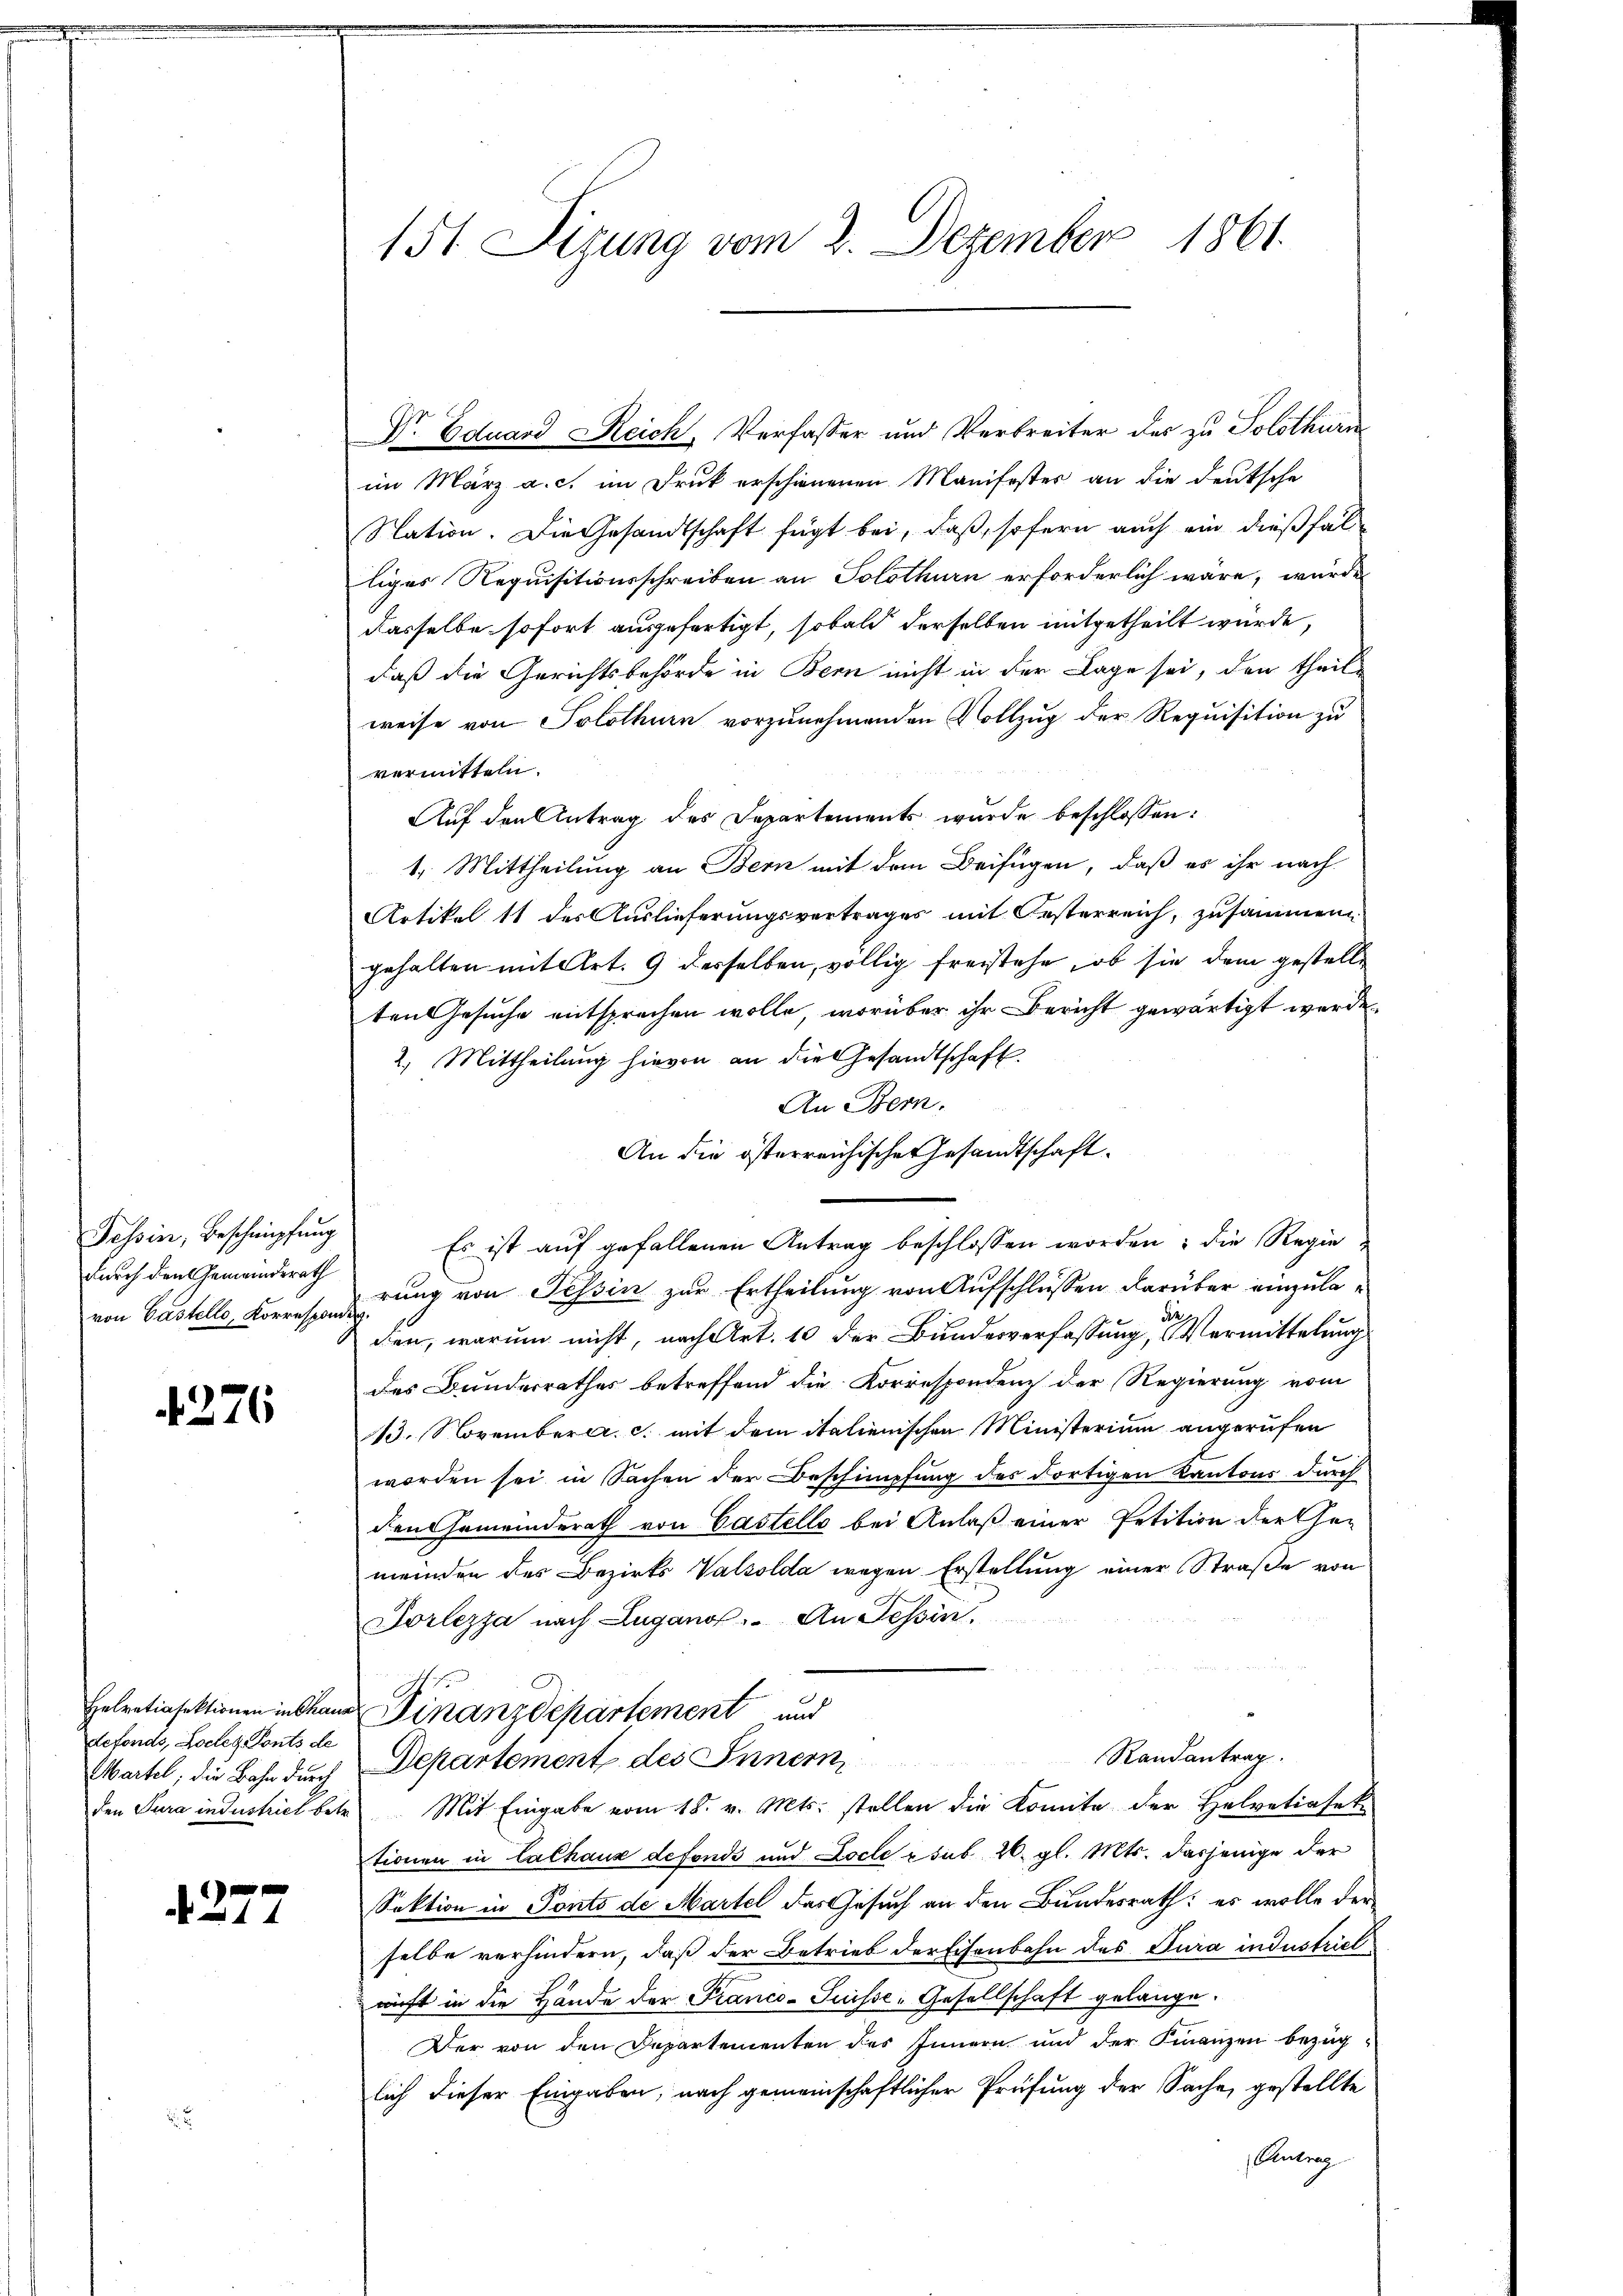
Tessin, Beschimpfung
durch den Gemeindesrath

4276

defonds, Locles Ponts de

d. 277

Dr. Eduard Reich, Verfasser und Verbreiter des zu Solothurn
im März a. c. im Druk erschienenen Manifester an die deutsche
Station. Die Gesandtschaft fügt bei, daß, sofern auch ein dießfälliges Requisitionsschreiben an Solothurn erforderlich wäre, wurde
dasselbe sofort ausgefertigt, sobald derselben mitgetheilt würde,
daß die Gerichtsbehörde in Bern nicht in der Lage sei, den theil-
weise von Solothurn vorzunehmenden Vollzug der Requisition zu
vermitteln.
Auf den Antrag des Departements wurde beschlossen:
1. Mittheilung an Bern mit dem Beifügen, daß es ihr nach
Artikel 11 des Auslieferungsvertrages mit Kosterreich, zusammen
gehalten mit Art. 9 desselben, völlig freistehe, ob sie dem gestelle
ten Gesuche entsprechen wolle, worüber ihr Bericht gewärtigt werde
2. Mittheilung hievon an die Gesandtschaft.
An Bern.
An die österreichisches Gesandtschaft.
Es ist auf gefallenen Antrag beschlossen worden; die Regie-
von Castelle, Korres drung von Tessin zur Ertheilung von Aufschlüssen darüber einzuladen, warum nicht, nach Art. 10 der Bundesverfassung der Vermittelung
des Bundesrathes betreffend die Korrespondenz der Regierung vom
13. Novemberer c. mit dem italienischen Ministerium angerufen
worden sei in Sachen der Beschimpfung des dortigen Kantons durch
den Gemeinderath von Castelle bei Anlaß einer Petition der Gemeinden des Bezirks Valsolda wegen Erstellung einer Straße von
Torlezza nach Lugano. An Tessin,
Helvetiasektionen in Cham Finanzdepartement und
Randantrag.
Martel, die Bahn durch Departement des Innern,
den Jura industrich betr. Mit Eingabe vom 18. v. Mts. stellen die Komite der Helvetiasek
tionen in Calhaus defonds und Locle sub 20. gl. Mts. dasjenige der
Sektion in Ponto de Martel das Gesuch an den Bundesrath: es wolle der
selbe verhindern, daß der Betrieb der Eisenbahn des Jura industriel
wirft in die Hände der Franco- Puisse-Gesellschaft gelange.
Der von den Departementen des Innern und der Finanzen bezüglich dieser Eingaben, nach gemeinschaftlicher Prüfung der Sache, gestellte
Centrag

151 Sizung vom 2. Dezember 1861.